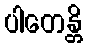
ပါတေန္တိ